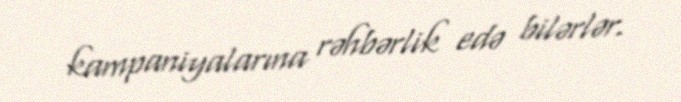
kampaniyalarına rəhbərlik edə bilərlər.